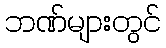
ဘဏ်များတွင်